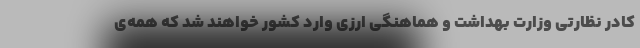
کادر نظارتی وزارت بهداشت و هماهنگی ارزی وارد کشور خواهند شد که همه‌ی